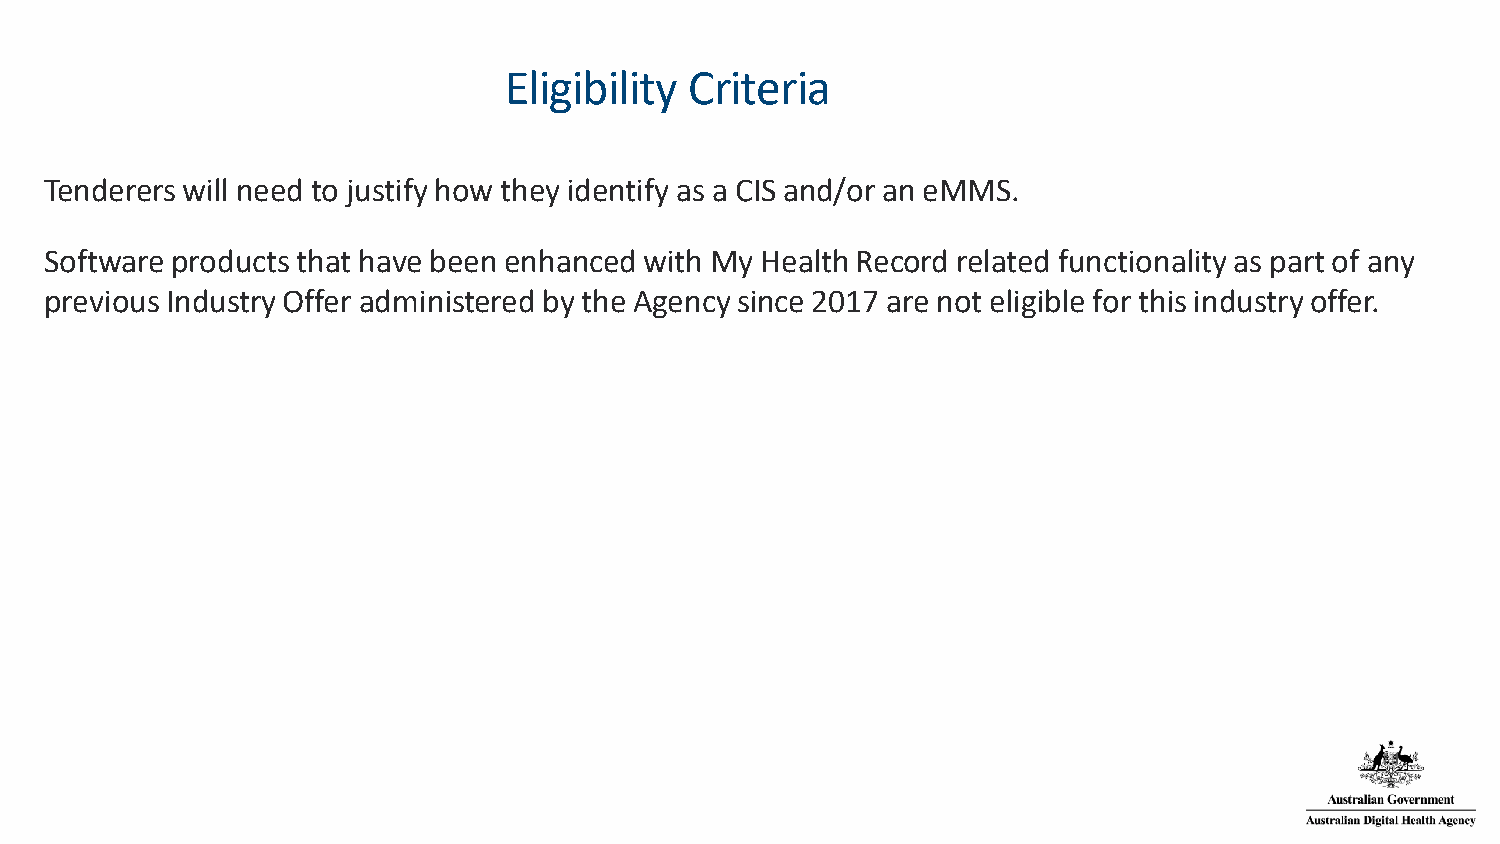
Eligibility  Criteria
 Tenderers will need to justify how they identify as a CIS and/or an eMMS.
 Software products that have been enhanced with My Health Record related functionality as part of any
 previous Industry Offer administered by the Agency since 2017 are not eligible for this industry offer.